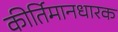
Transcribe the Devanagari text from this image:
कीर्तिमानधारक